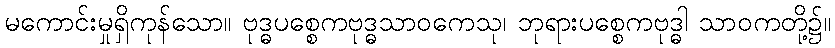
မကောင်းမှုရှိကုန်သော။ ဗုဒ္ဓပစ္စေကဗုဒ္ဓသာဝကေသု၊ ဘုရားပစ္စေကဗုဒ္ဓါ သာဝကတို့၌။